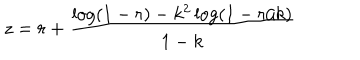
z = r + \frac { \log ( 1 - r ) - k ^ { 2 } \log ( 1 - r / k ) } { 1 - k }